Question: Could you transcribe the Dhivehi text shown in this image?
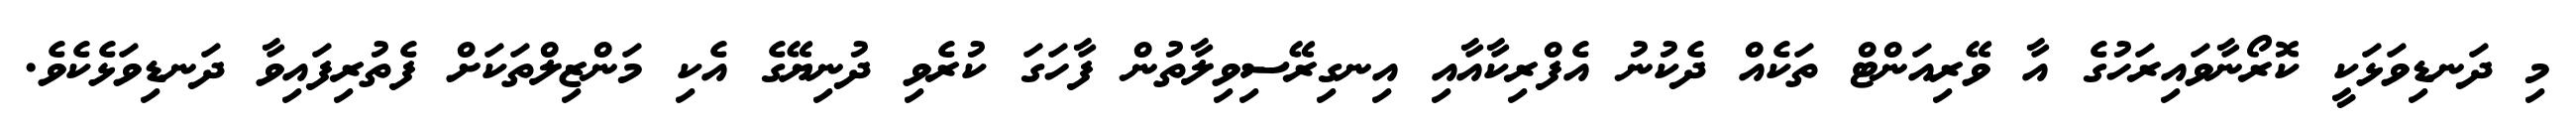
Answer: މި ދަނޑިވަޅަކީ ކޮރޯނާވައިރަހުގެ އާ ވޭރިއަންޓް ތަކެއް ދެކުނު އެފްރިކާއާއި އިނގިރޭސިވިލާތުން ފާހަގަ ކުރެވި ދުނިޔޭގެ އެކި މަންޒިލްތަކަށް ފެތުރިފައިވާ ދަނޑިވަޅެކެވެ.